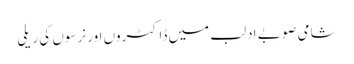
شامی صوبے ادلب میں ڈاکٹروں اور نرسوں کی ریلی